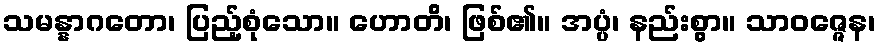
သမန္နာဂတော၊ ပြည့်စုံသော။ ဟောတိ၊ ဖြစ်၏။ အပ္ပံ၊ နည်းစွာ။ သာဝဇ္ဇေန၊